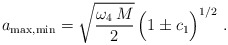
\begin{align*}a_{\rm max,min} = \sqrt{\frac{\omega_4 \, M}{2}} \, \Big( 1 \pm c_1 \Big)^{1/2} \,\,.\end{align*}